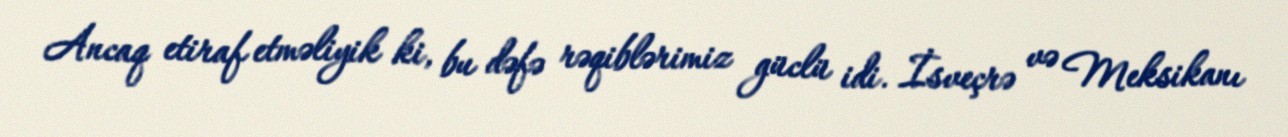
Ancaq etiraf etməliyik ki, bu dəfə rəqiblərimiz güclü idi. İsveçrə və Meksikanı